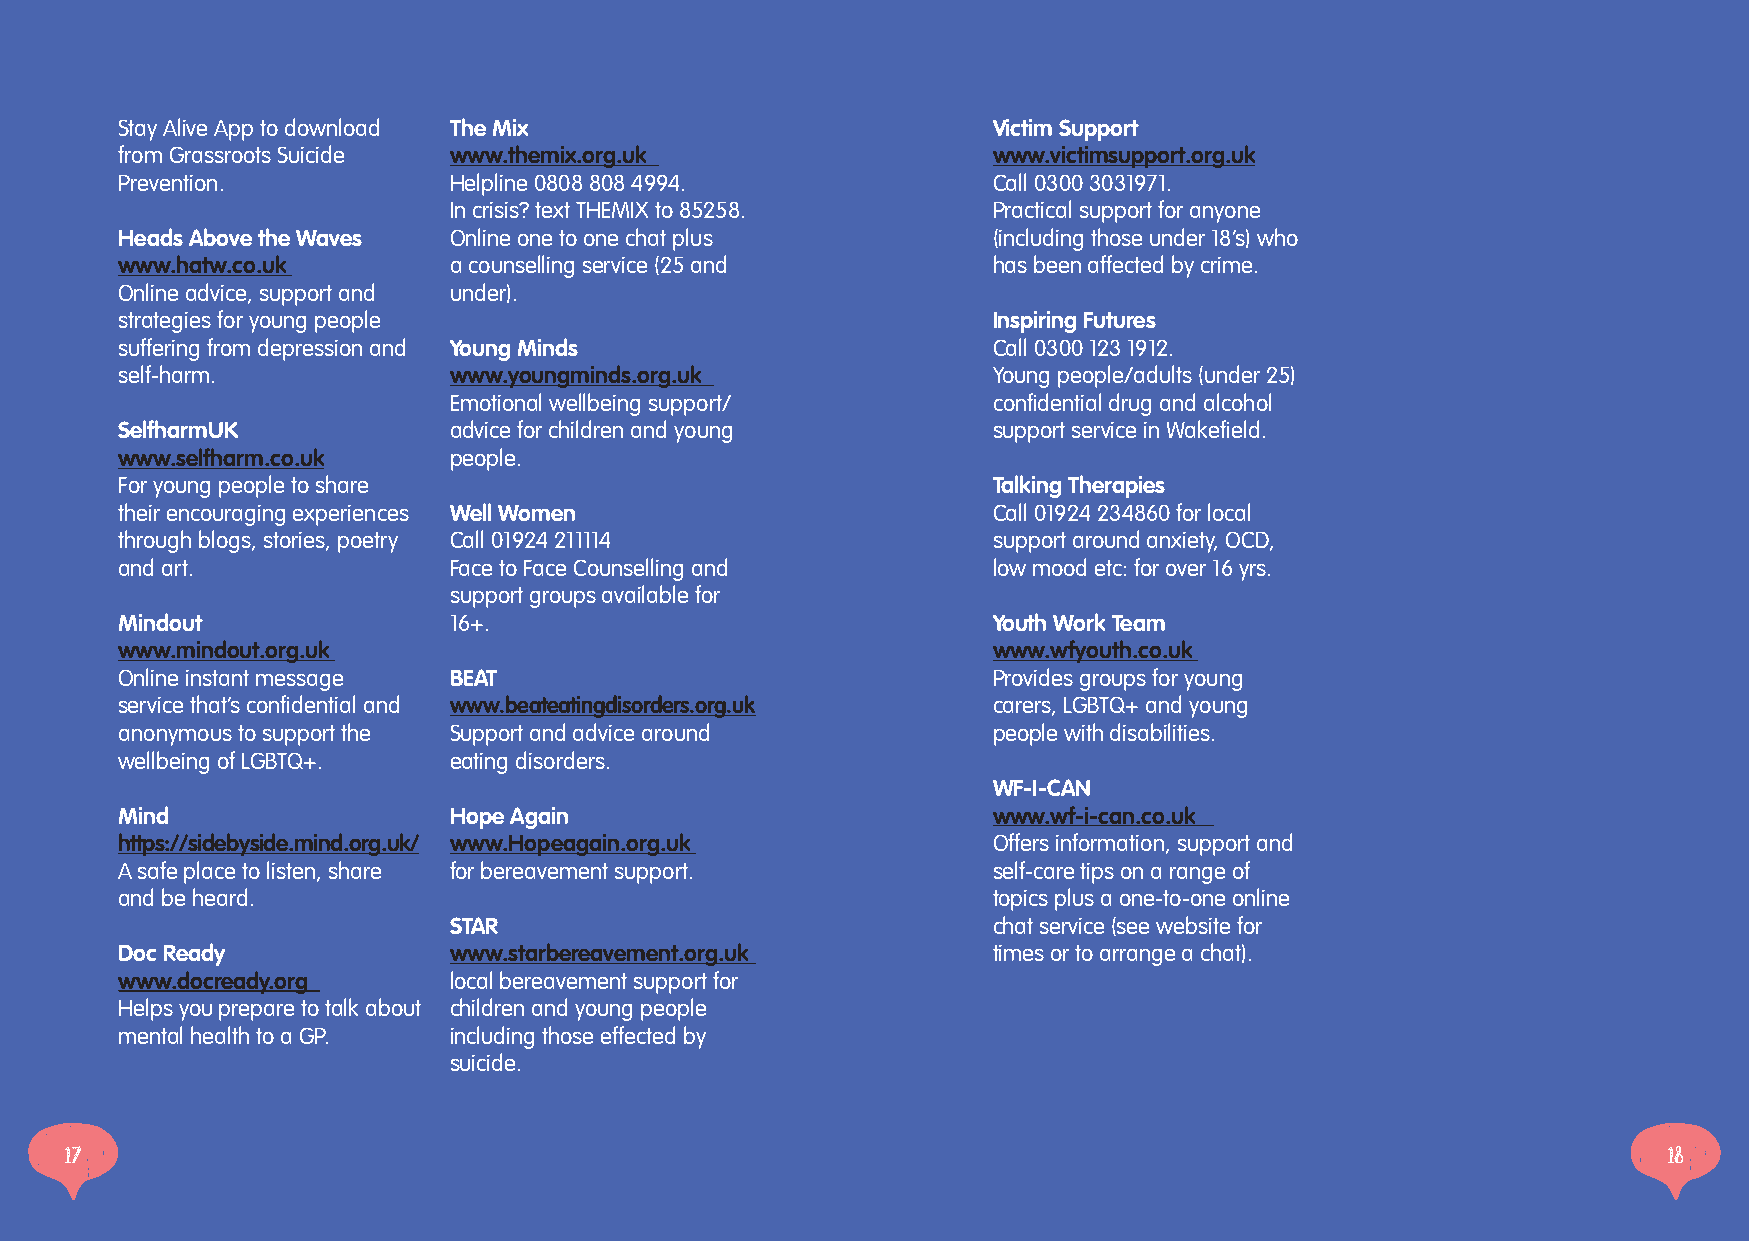
Stay Alive App to download The Mix                        Victim Support
 from Grassroots Suicide www.themix.org.uk                 www.victimsupport.org.uk
 Prevention.           Helpline 0808 808 4994.             Call 0300 3031971.
 In crisis? text THEMIX to 85258.    Practical support for anyone
 Heads Above the Waves Online one to one chat plus         (including those under 18’s) who
 www.hatw.co.uk        a counselling service (25 and       has been affected by crime.
 Online advice, support and under).
 strategies for young people                               Inspiring Futures
 suffering from depression and Young Minds                 Call 0300 123 1912.
 self-harm.            www.youngminds.org.uk               Young people/adults (under 25)
 Emotional wellbeing support/        confidential drug and alcohol
 SelfharmUK            advice for children and young       support service in Wakefield.
 www.selfharm.co.uk    people.
 For young people to share                                 Talking Therapies
 their encouraging experiences Well Women                  Call 01924 234860 for local
 through blogs, stories, poetry Call 01924 211114          support around anxiety, OCD,
 and art.              Face to Face Counselling and        low mood etc: for over 16 yrs.
 support groups available for
 Mindout               16+.                                Youth Work Team
 www.mindout.org.uk                                        www.wfyouth.co.uk
 Online instant message BEAT                               Provides groups for young
 service that’s confidential and www.beateatingdisorders.org.uk carers, LGBTQ+ and young
 anonymous to support the Support and advice around        people with disabilities.
 wellbeing of LGBTQ+.  eating disorders.
 WF-I-CAN
 Mind                  Hope Again                          www.wf-i-can.co.uk
 https://sidebyside.mind.org.uk/ www.Hopeagain.org.uk      Offers information, support and
 A safe place to listen, share for bereavement support.    self-care tips on a range of
 and be heard.                                             topics plus a one-to-one online
 STAR                                chat service (see website for
 Doc Ready             www.starbereavement.org.uk          times or to arrange a chat).
 www.docready.org      local bereavement support for
 Helps you prepare to talk about children and young people
 mental health to a GP. including those effected by
 suicide.
 17                                                                                                        18